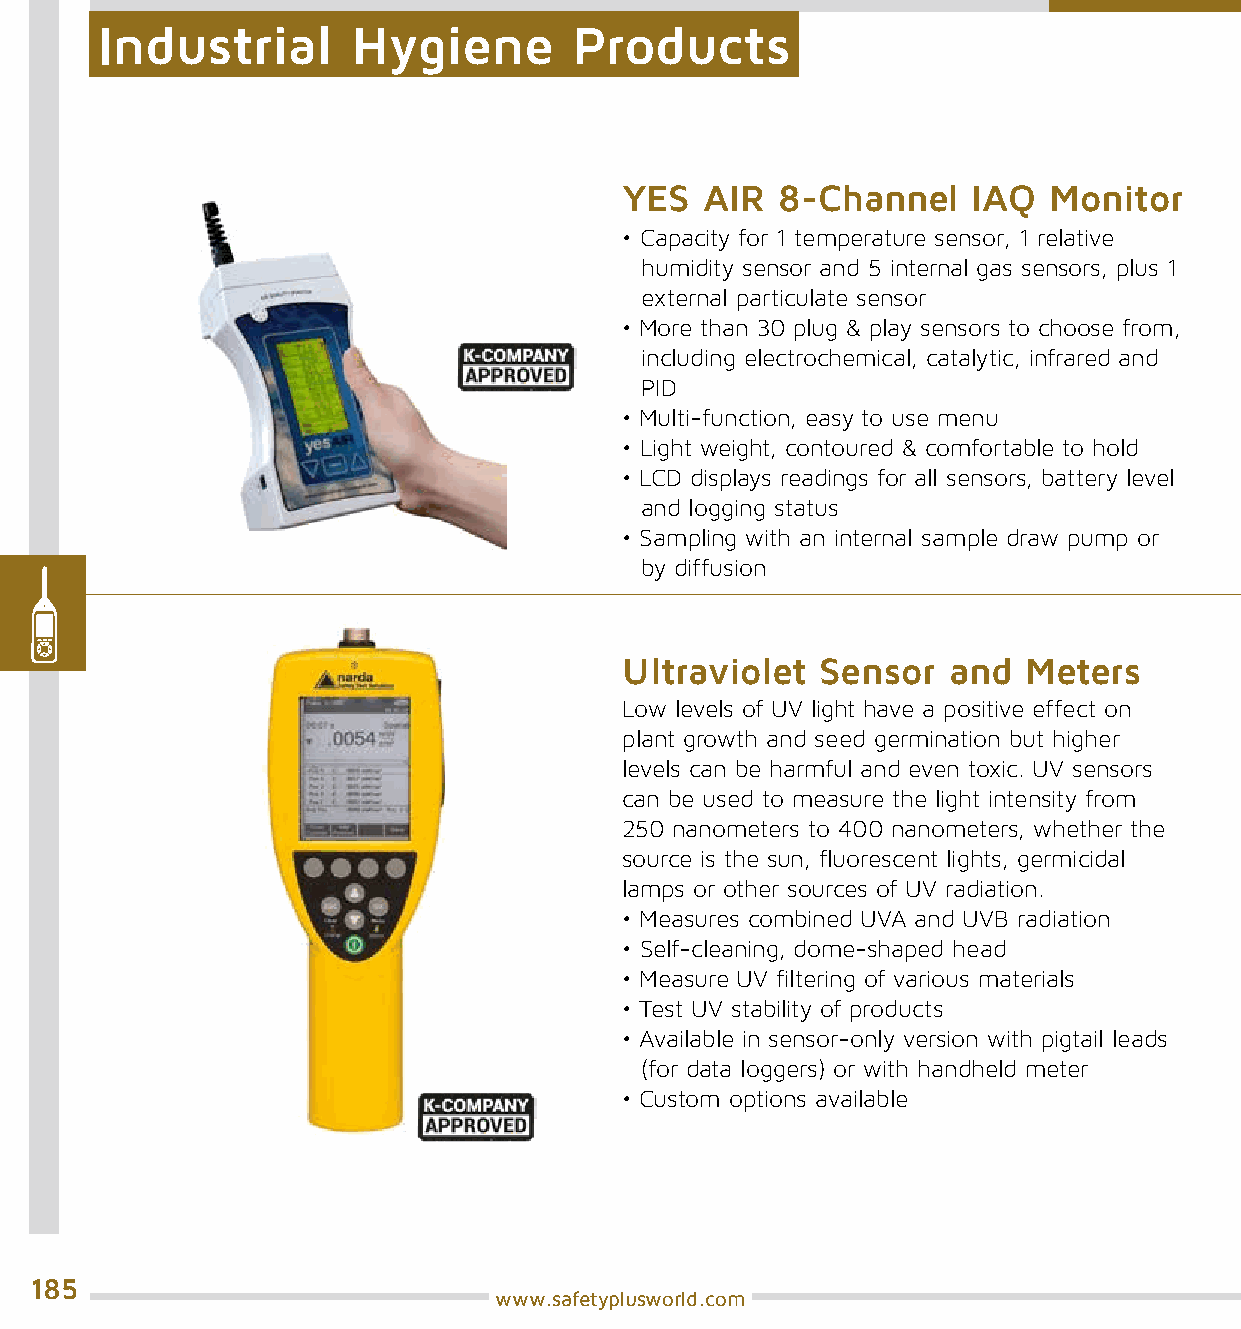
Industrial       Hygiene        Products
 YES   AIR 8-Channel    IAQ  Monitor
 • Capacity for 1 temperature sensor, 1 relative
 humidity sensor and 5 internal gas sensors, plus 1
 external particulate sensor
 • More than 30 plug & play sensors to choose from,
 including electrochemical, catalytic, infrared and
 PID
 • Multi-function, easy to use menu
 • Light weight, contoured & comfortable to hold
 • LCD displays readings for all sensors, battery level
 and logging status
 • Sampling with an internal sample draw pump or
 by diffusion
 Ultraviolet  Sensor   and  Meters
 Low levels of UV light have a positive effect on
 plant growth and seed germination but higher
 levels can be harmful and even toxic. UV sensors
 can be used to measure the light intensity from
 250 nanometers to 400 nanometers, whether the
 source is the sun, fluorescent lights, germicidal
 lamps or other sources of UV radiation.
 • Measures combined UVA and UVB radiation
 • Self-cleaning, dome-shaped head
 • Measure UV filtering of various materials
 • Test UV stability of products
 • Available in sensor-only version with pigtail leads
 (for data loggers) or with handheld meter
 • Custom options available
 185
 www.safetyplusworld.com